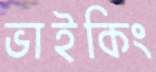
ভাইকিং